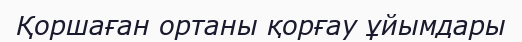
Қоршаған ортаны қорғау ұйымдары